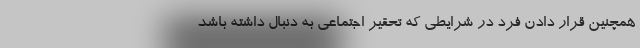
همچنین قرار دادن فرد در شرایطی که تحقیر اجتماعی به دنبال داشته باشد